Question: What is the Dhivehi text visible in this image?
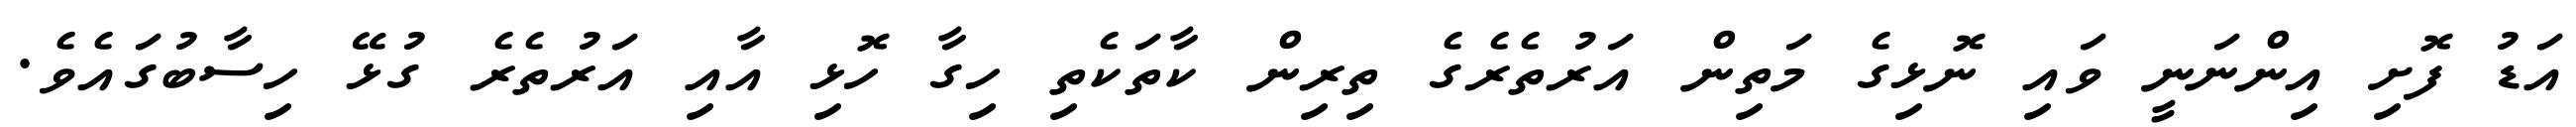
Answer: އަޑު ފޮށި އިންނަނީ ވައި ނޮޅިގެ މަތިން އަރުތެރެގެ ތިރިން ކާތަކެތި ހިގާ ހޮޅި އާއި އަރުތެރެ ގުޅޭ ހިސާބުގައެވެ.